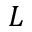
L